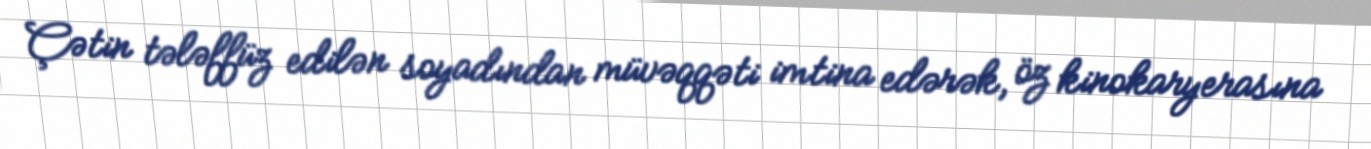
Çətin tələffüz edilən soyadından müvəqqəti imtina edərək, öz kinokaryerasına